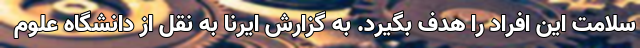
سلامت این افراد را هدف بگیرد. به گزارش ایرنا به نقل از دانشگاه علوم